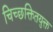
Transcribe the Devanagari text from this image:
चिच्छक्तितयुक्त